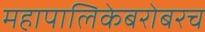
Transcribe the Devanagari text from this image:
महापालिकेबरोबरच